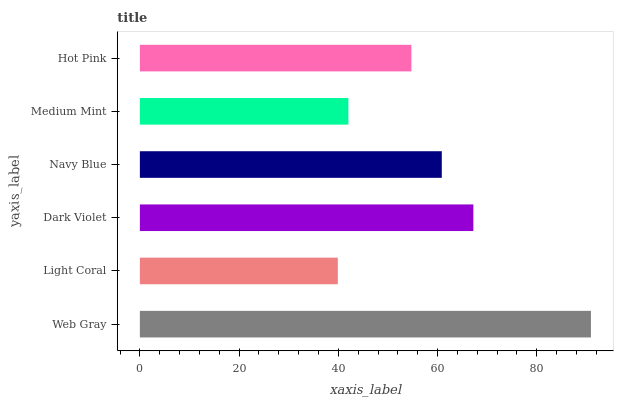
| yaxis_label | bars |
 | --- | --- |
 | Web Gray | 90.9 |
 | Light Coral | 39.9 |
 | Dark Violet | 67.2 |
 | Navy Blue | 60.9 |
 | Medium Mint | 42 |
 | Hot Pink | 54.7 |